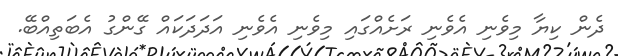
ދެން ކިޔާ މިވެނި އެވެނި ރަށެއްގައި މިވެނި އެވެނި އަދަދަކައް ގޭންގު އެބަތިއްބޭ.